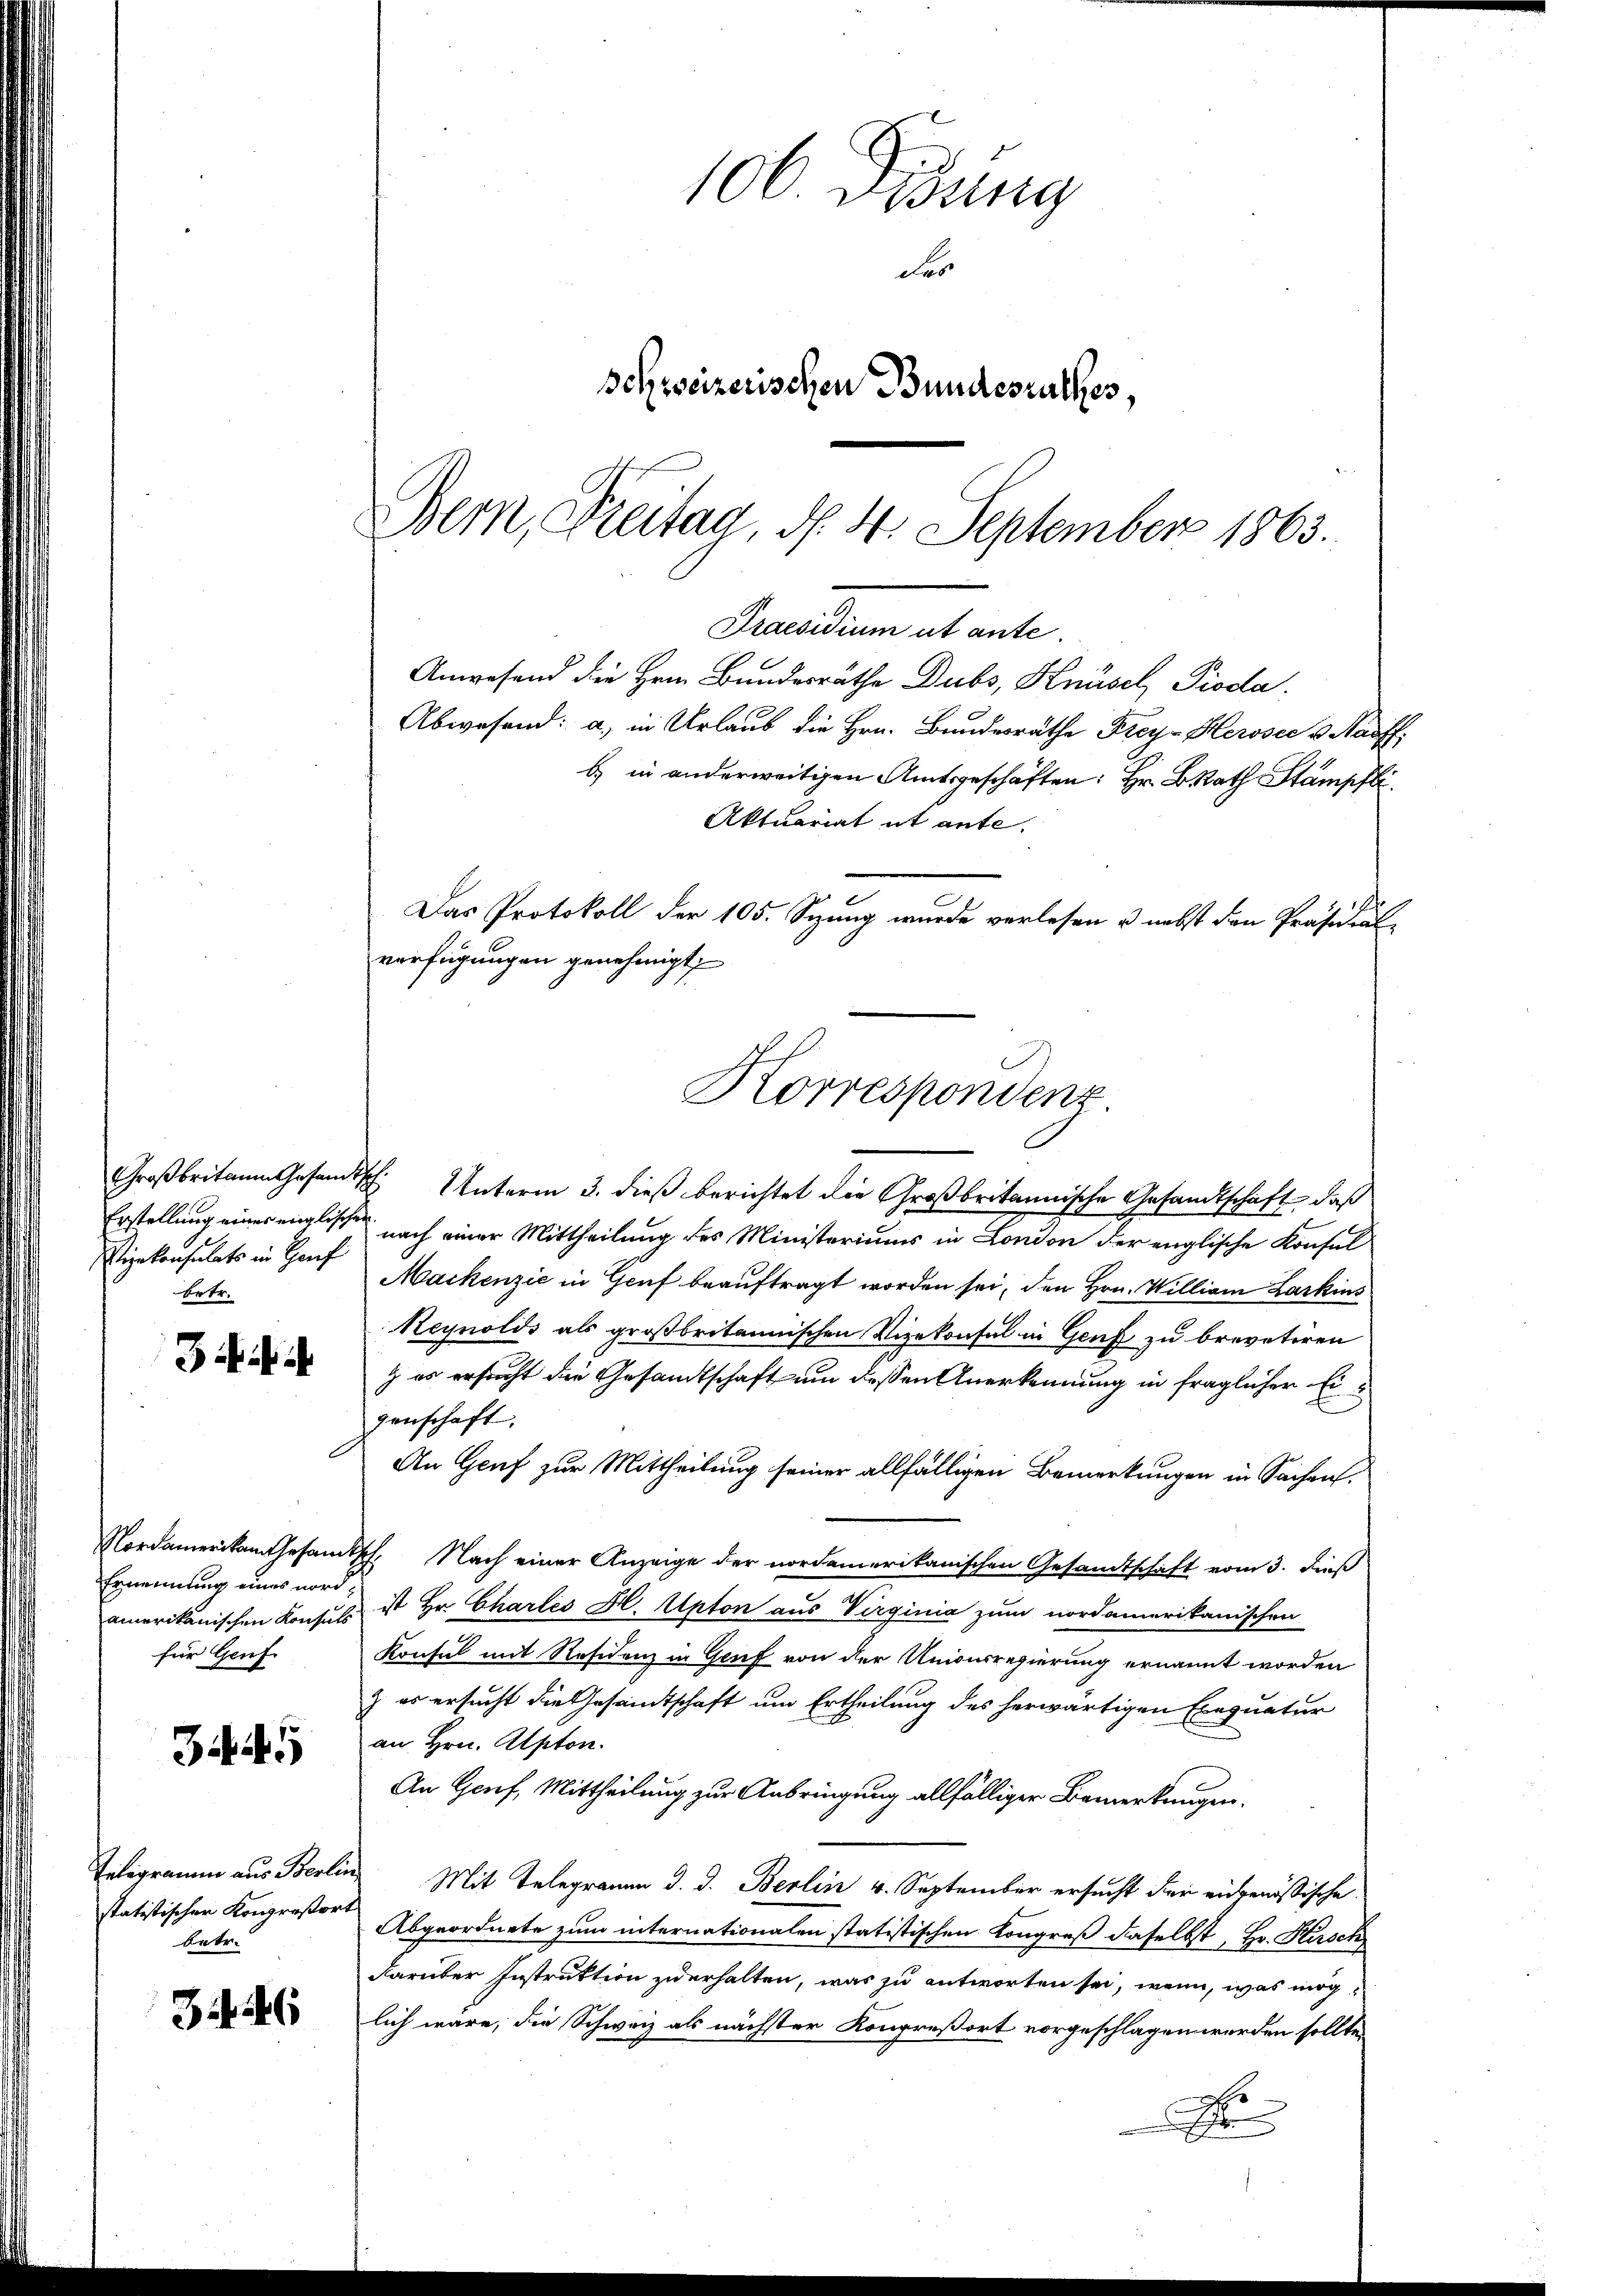
Vizekonsulats in Hauf
betr.

3

Ernennung eines nordamerikanischen Konsuls
für Genf

344

statistischer Kongreßort
betr.

3446

106 Didung
Fes
Schweizerischen Bundesrathes,
Bern, Freitag, d. 4. September 1863.

Beendium et ente
Anwesend die Hrn. Bundesräthe Dubs, Knüsel Pioda
Abwesend: a. in Urlaub die Hrn. Bundesräthe Frey-Herosec v Naoff
b) in anderweitigen Amtsgeschäften: Hr. BRath Stampfli

Aktuariat ut ante.
Großbritain Gesandtsch. Unterm 3. dieß berichtet die Großbritannische Gesandtschaft, daß
Erstellung eines englischen nach einer Mittheilung des Ministeriums in London der englische Konsul
Mackenzić in Genf beauftragt worden sei, den Hrn. Willian Larkins
Reynolds als großbritannischen Vizekonsul in Genf zu brevetiren
g es ersucht die Gesandtschaft um dessen Anerkennung in fraglicher Eigenschaft.
An Genf zur Mittheilung seiner allfälligen Bemerkungen in Sachen.
Nordamerikan Gesandtsch. Nach einer Anzeige der nordamerikanischen Gesandtschaft vom 3. dieß
ist Hr. Chartes H. Anton aus Virginia zum nordamerikanischen
Konsul mit Residenz in Genf von der Unionsregierung ernannt worden
) es ersucht die Gesamtschaft um Ertheilung des herwärtigen Exequatur
an Hrn. Alpton.
An Genf, Mittheilung zur Anbringung allfälliger Bemerkungen.
Telegramm aus Berlin Mit Telegramm d. d. Berlin v. September ersucht der eingenössische
Abgeordnete zum internationalen statistischen Kongreß daselbst, Hr. Hirsch
darüber Instruktion zu erhalten, was zu antworten sei, wenn, was möglich wäre, die Schweiz als nächster Kongreßort vorgeschlagen werden sollte.
x

Das Protokoll der 105. Sezung wurde verlesen u. nebst den Präsidial-
verfügungen genehmigt.
Korrespondenz.